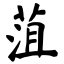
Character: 菹